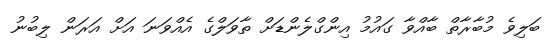
ބަލިވެ މުބާރާތް ބާއްވާ ގައުމު އިންގްލެންޑަށް ތާވަލްގެ އެއްވަނަ އަށް އަރަން ލިބުނު